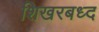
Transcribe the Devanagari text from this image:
शिखरबध्द